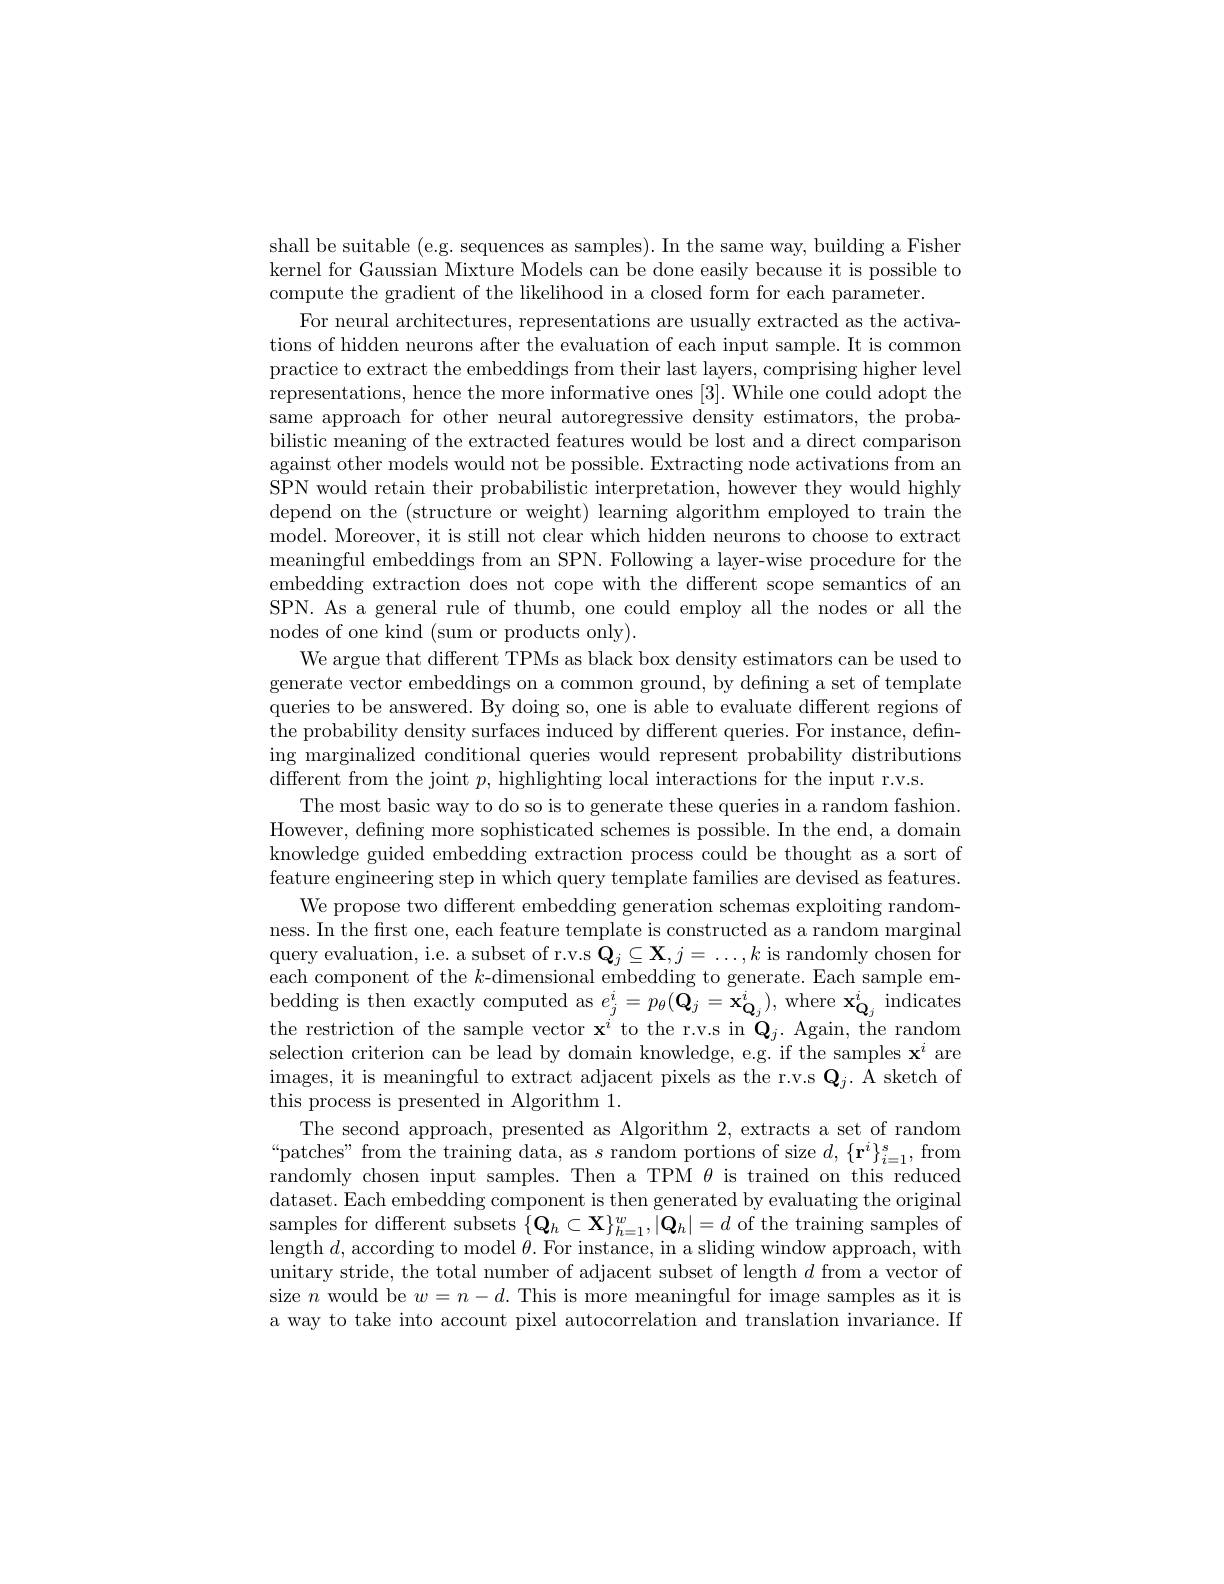
shall be suitable (e.g. sequences as samples). In the same way, building a Fisher kernel for Gaussian Mixture Models can be done easily because it is possible to compute the gradient of the likelihood in a closed form for each parameter.
For neural architectures, representations are usually extracted as the activations of hidden neurons after the evaluation of each input sample. It is common practice to extract the embeddings from their last layers, comprising higher level representations, hence the more informative ones [3]. While one could adopt the same approach for other neural autoregressive density estimators, the proba bilistic meaning of the extracted features would be lost and a direct comparison against other models would not be possible. Extracting node activations from an SPN would retain their probabilistic interpretation, however they would highly depend on the (structure or weight) learning algorithm employed to train the model. Moreover, it is still not clear which hidden neurons to choose to extract meaningful embeddings from an SPN. Following a layer-wise procedure for the embedding extraction does not cope with the different scope semantics of an SPN. As a general rule of thumb, one could employ all the nodes or all the nodes of one kind (sum or products only).
We argue that different TPMs as black box density estimators can be used to generate vector embeddings on a common ground, by defining a set of template queries to be answered. By doing so, one is able to evaluate different regions of the probability density surfaces induced by different queries. For instance, defining marginalized conditional queries would represent probability distributions different from the joint $p$, highlighting local interactions for the input r.v.s
The most basic way to do so is to generate these queries in a random fashion However, defining more sophisticated schemes is possible. In the end, a domain knowledge guided embedding extraction process could be thought as a sort of feature engineering step in which query template families are devised as features
We propose two different embedding generation schemas exploiting randomness. In the first one, each feature template is constructed as a random marginal query evaluation, i.e. a subset of r.v.s $\mathbf{Q}_j\subseteq\mathbf{X},j=\ldots,k$ is randomly chosen for each component of the $k$-dimensional embedding to generate. Each sample embedding is then exactly computed as $e_j^i=p_\theta(\mathbf{Q}_j=\mathbf{x}_{\mathbf{Q}_j}^i)$, where $\mathbf{x}_{\mathbf{Q}_j}^i$ indicates the restriction of the sample vector $\mathbf{x}^i$ to the r.v.s in $\mathbf{Q}_j.$ Again, the random selection criterion can be lead by domain knowledge, e.g. if the samples $\mathbf{x}^i$ are images, it is meaningful to extract adjacent pixels as the r.v.s $\mathbf{Q}_{j}.$ A sketch of this process is presented in Algorithm 1.
The second approach, presented as Algorithm 2, extracts a set of random “patches” from the training data, as $s$ random portions of size $d,\{\mathbf{r}^{i}\}_i=1^{s}$,from randomly chosen input samples. Then a TPM $\theta$ is trained on this reduced dataset. Each embedding component is then generated by evaluating the original samples for different subsets $\{\mathbf{Q}_{h}\subset\mathbf{X}\}_{h=1}^{w},|\mathbf{Q}_{h}|=d$ of the training samples of length $d$, according to model $\theta.$ For instance, in a sliding window approach, with unitary stride, the total number of adjacent subset of length $d$ from a vector of size $n$ would be $w=n-d.$ This is more meaningful for image samples as it is a way to take into account pixel autocorrelation and translation invariance. If